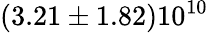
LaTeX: (3.21\pm 1.82)10^{10}